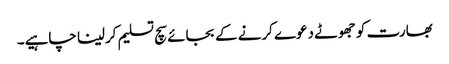
بھارت کو جھوٹے دعوے کرنے کے بجائے سچ تسلیم کرلینا چاہیے۔